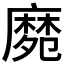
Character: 𪎛